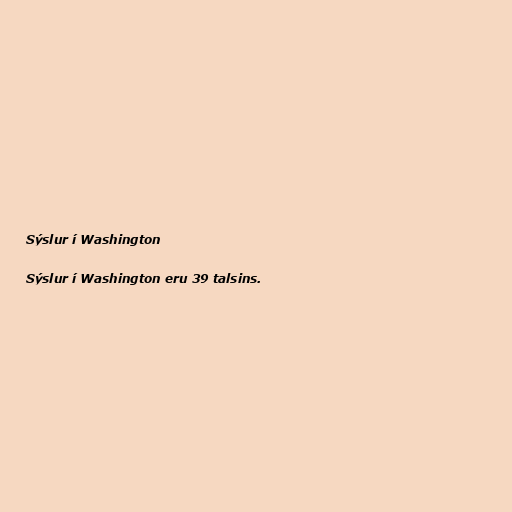
Sýslur í Washington

Sýslur í Washington eru 39 talsins.